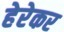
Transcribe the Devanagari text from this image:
हेरेकर